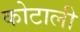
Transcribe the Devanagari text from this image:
कोटाली